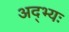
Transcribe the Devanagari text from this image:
अद्भ्यः